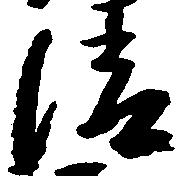
清